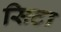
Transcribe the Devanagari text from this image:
सिटा